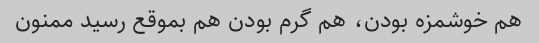
هم خوشمزه بودن، هم گرم بودن هم بموقع رسید ممنون